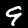
Digit: 9